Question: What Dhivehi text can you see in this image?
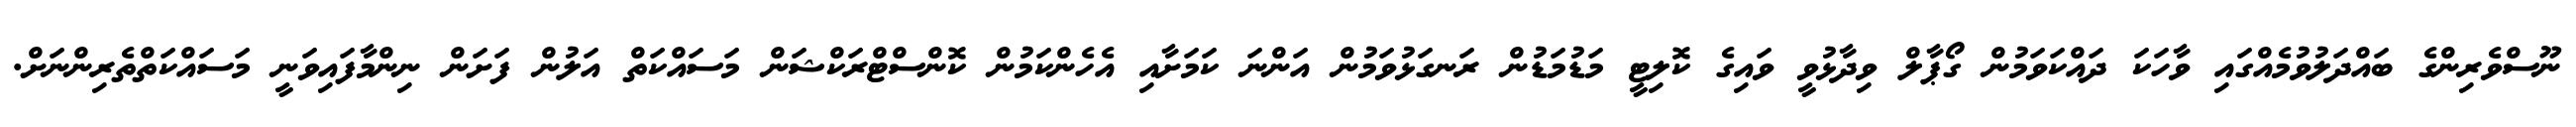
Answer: ނޫސްވެރިންގެ ބައްދަލުވުމެއްގައި ވާހަކަ ދައްކަވަމުން ގޯޕާލް ވިދާޅުވީ ވައިގެ ކޮލިޓީ މަޑުމަޑުން ރަނގަޅުވަމުން އަންނަ ކަމަށާއި އެހެންކަމުން ކޮންސްޓްރަކްޝަން މަސައްކަތް އަލުން ފަށަން ނިންމާފައިވަނީ މަސައްކަތްތެރިންނަށް.